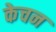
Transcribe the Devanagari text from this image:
केचन